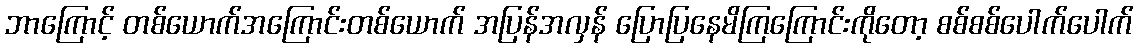
ဘာကြောင့် တစ်ယောက်အကြောင်းတစ်ယောက် အပြန်အလှန် ပြောပြနေမိကြကြောင်းကိုတော့ စစ်စစ်ပေါက်ပေါက်